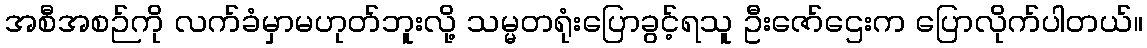
အစီအစဉ်ကို လက်ခံမှာမဟုတ်ဘူးလို့ သမ္မတရုံးပြောခွင့်ရသူ ဦးဇော်ဌေးက ပြောလိုက်ပါတယ်။